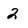
Character: 2